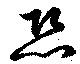
恐